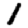
Digit: 1